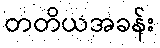
တတိယအခန်း